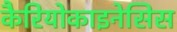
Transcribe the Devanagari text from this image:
कैरियोकाइनेसिस